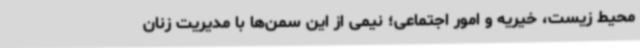
محیط زیست، خیریه و امور اجتماعی؛ نیمی از این سمن‌ها با مدیریت زنان